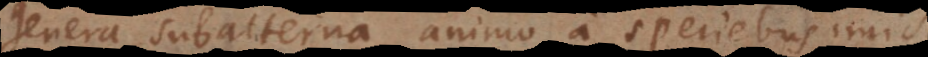
genera subalterna animo a speciebus imis